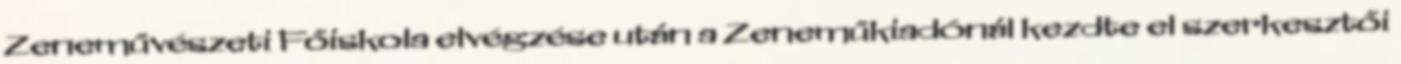
Zeneművészeti Főiskola elvégzése után a Zeneműkiadónál kezdte el szerkesztői